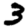
Digit: 3